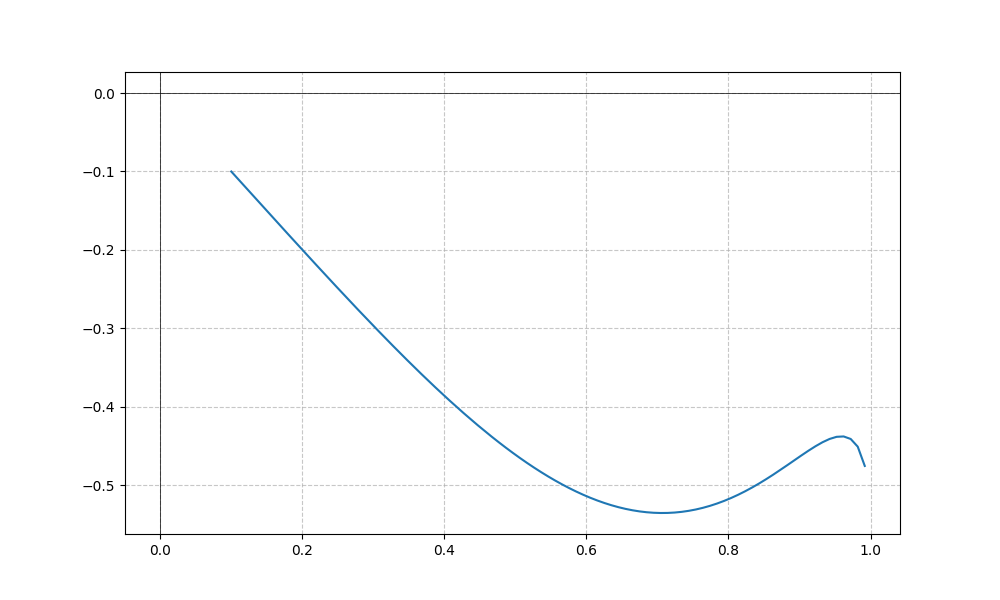
LaTeX formula: x^{4} - \operatorname{asin}{\left(x \right)}